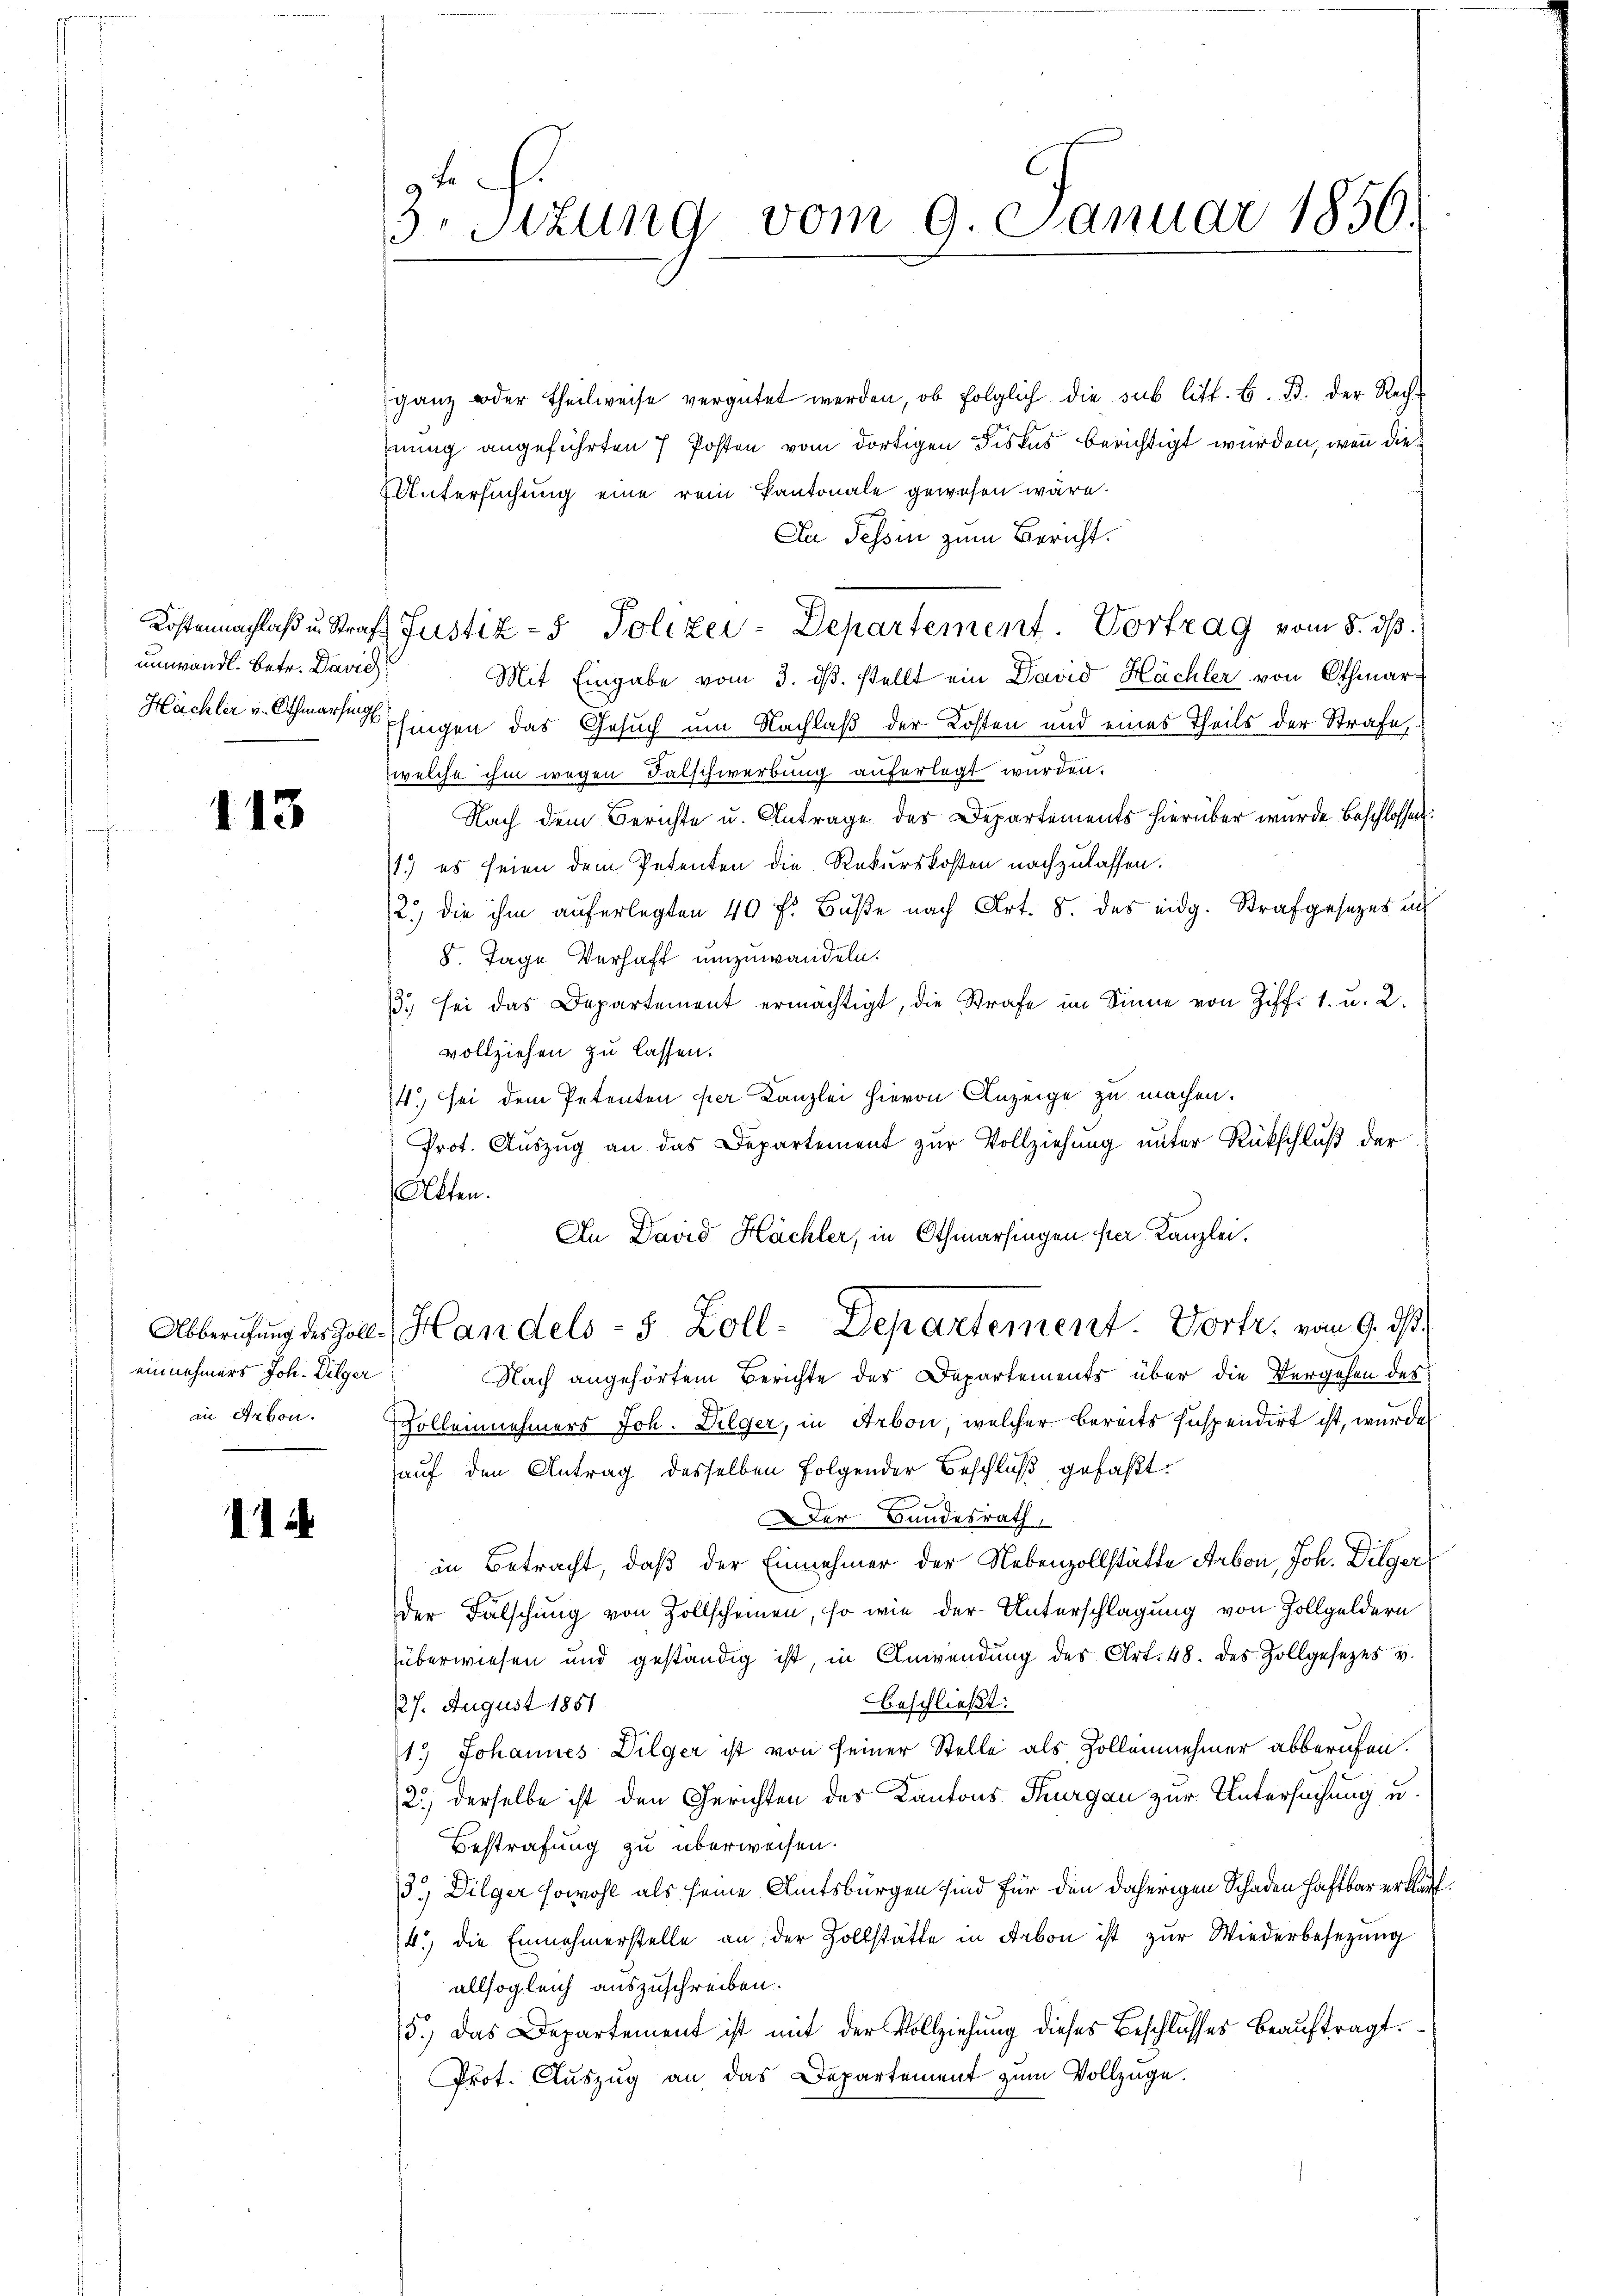
umwandl. betr. David

113

einnehmers Joh. Gilger

11

3. Sitzung vom 9. Januar 1856.

ganz oder Theilweise vergütet werden, ob folglich die sub litt. B. B. der Rechhnung angeführten 7 Posten vom dortigen Fiskus berichtigt wurden, wenn die¬
Untersuchung eine rein Kantonale gewesen wäre.
Da Tessin zum Bericht.
Kostennachlaβ u. Straf Justiz- & Polizei-Departement. Vortrag vom 8. dβ.
Mit Eingabe vom 3. dβ. stellt ein David Hächler von Othmar-
Hächler v. Athmarschingen das Gesuch um Nachlaß der Kosten und eines Theils der Strafe
welche ihm wegen Falschwerbung auferlegt wurden.
Nach dem Berichte u. Antrage des Departements hierüber wurde beschlossen:
1.) es seien dem Petenten die Rekurskosten nachzulassen.
2.) die ihm auferlegten 40 f. Buße nach Art. 8. des eidg. Strafgesezes un
8. Tage Verhaft umzuwandeln.
3. sei das Departement ermächtigt, die Strafe im Sinne von Ziff. 1. u. 2.
vollziehen zu lassen.
4.) sei dem Petenten per Kanzlei hievon Anzeige zu machen.
Prot. Auszug an das Departement zur Vollziehung unter Rückschluß der
Alten.
An David Hächler, in Othmarsingen per Kanzlei.
Abberufung des Zoll Handels- 5 Zoll- Departement. Vortr. vom 9. ds.
Nach angehörtem Berichte des Departements über die Vergehen des
in Arbon. Sollennehmers Joh. Dilger, in Arbon, welcher bereits Inspendirt ist, wurde
auf den Antrag desselben folgender Beschluß gefaßt.
Der Bundesrath,
in Betracht, daß der Einnehmer der Nebenzollstätte Arbon, Joh. Dilger
der Fälschung von Zollscheinen, so wie der Unterschlagung von Zollgeldern
überwiesen und geständig ist, in Anwendung des Art. 48. des Zollgesetzes v.
beschließt:
27. August 1851
11.) Johannes Dilger ist von seiner Stelle als Zollennehmer abberufen.
2.) derselbe ist den Gerichten des Kantons Thurgau zur Untersuchung u.
Bestrafung zu überweisen.
3.) Dilger sowohl als seine Amtsbürgen sind für den daherigen Schaden haftbar erklärt.
4.) die Einnahmerstelle an der Zollstätte in Arbon ist zur Wiederbesezung
allsogleich auszuschreiben.
5.) Das Departement ist mit der Vollziehung dieses Beschlusses beauftragt.
Prot. Auszug an das Departement zum Vollzüge.